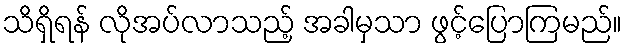
သိရှိရန် လိုအပ်လာသည့် အခါမှသာ ဖွင့်ပြောကြမည်။